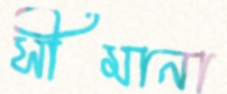
সীমানা